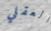
العقلي